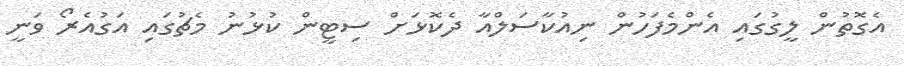
އެގޮތުން ލީގުގައި އެންމެފަހުން ނިއުކާސަލްއާ ދެކޮޅަށް ސިޓީން ކުޅުނު މެޗުގައި އަގުއެރޯ ވަނީ